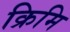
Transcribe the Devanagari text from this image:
क्रिमि